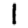
Digit: 1